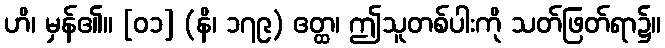
ဟိ၊ မှန်၏။ [၀၁] (နိ၊ ၁၇၉) ဧတ္ထ၊ ဤသူတစ်ပါးကို သတ်ဖြတ်ရာ၌။